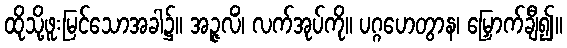
ထိုသို့ဖူးမြင်သောအခါ၌။ အဉ္ဇလိံ၊ လက်အုပ်ကို။ ပဂ္ဂဟေတွာန၊ မြှောက်ချီ၍။